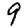
Digit: 9